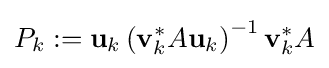
P_{k}:=\mathbf {u} _{k}\left(\mathbf {v} _{k}^{*}A\mathbf {u} _{k}\right)^{-1}\mathbf {v} _{k}^{*}A